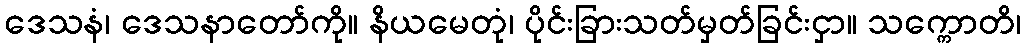
ဒေသနံ၊ ဒေသနာတော်ကို။ နိယမေတုံ၊ ပိုင်းခြားသတ်မှတ်ခြင်းငှာ။ သက္ကောတိ၊